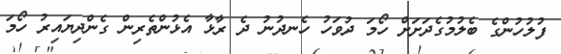
ފުލުހުންގެ ބެލުމުގެދަށަށް ހޯމަ ދުވަހު ހެނދުނު ދެ ރާޅާ އެޅުންތެރިން ގެންދިޔައިރު ހޯމަ